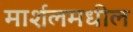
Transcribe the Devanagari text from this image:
मार्शलमधील